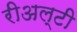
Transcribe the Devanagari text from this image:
रीअल्टी